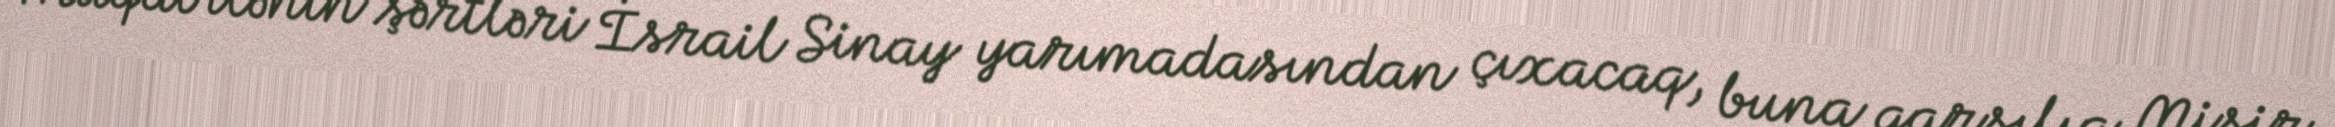
Müqavilənin şərtləri İsrail Sinay yarımadasından çıxacaq, buna qarşılıq Misir